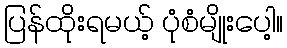
ပြန်ထိုးရမယ့် ပုံစံမျိုးပေါ့။